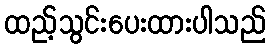
ထည့်သွင်းပေးထားပါသည်